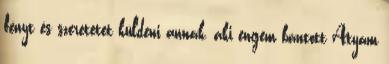
fényt és szeretetet küldeni annak, aki engem bántott Atyám